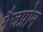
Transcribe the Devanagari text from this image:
गैजप्रोम